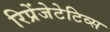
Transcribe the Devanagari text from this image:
रिप्रेंजेटेटिव्स